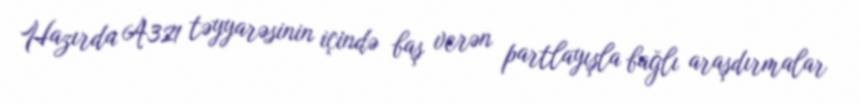
Hazırda A321 təyyarəsinin içində baş verən partlayışla bağlı araşdırmalar